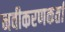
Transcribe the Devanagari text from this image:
नवीकरणकर्ता